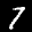
Label: 7